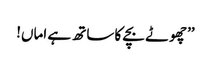
’’چھوٹے بچے کا ساتھ ہے اماں!